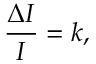
{ \frac { \Delta I } { I } } = k ,